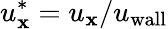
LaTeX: u_{\mathbf{x}}^{\ast}=u_{\mathbf{x}}/u_{\mathrm{{wall}}}